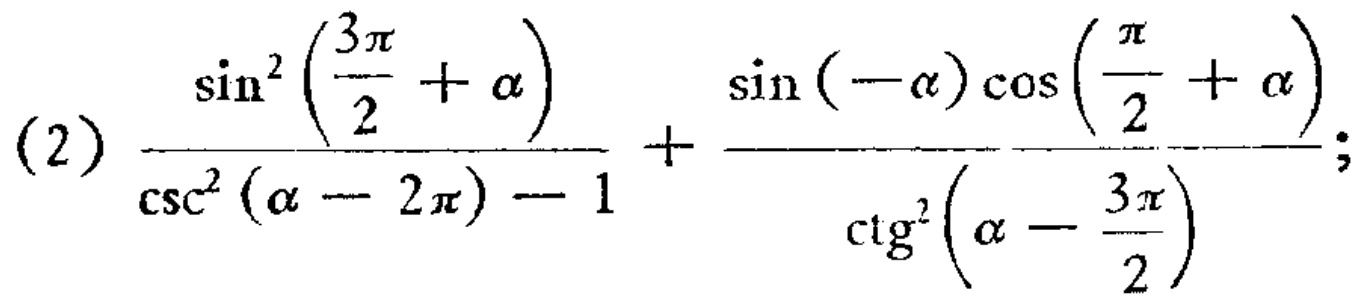
\(\text{(2)}\ \frac{\sin^{2}\left(\frac{3\pi}{2}+\alpha\right)}{\csc^{2}(\alpha - 2\pi)-1}+\frac{\sin(-\alpha)\cos\left(\frac{\pi}{2}+\alpha\right)}{\text{ctg}^{2}\left(\alpha-\frac{3\pi}{2}\right)}\)